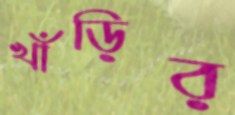
খাঁড়ির